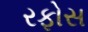
રફોસ